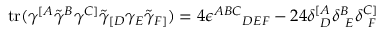
\mathrm { t r } ( \gamma ^ { [ A } \tilde { \gamma } ^ { B } \gamma ^ { C ] } \tilde { \gamma } _ { [ D } \gamma _ { E } \tilde { \gamma } _ { F ] } ) = 4 \epsilon ^ { A B C } { } _ { D E F } - 2 4 \delta _ { ~ D } ^ { [ A } \delta _ { ~ E } ^ { B } \delta _ { ~ F } ^ { C ] }